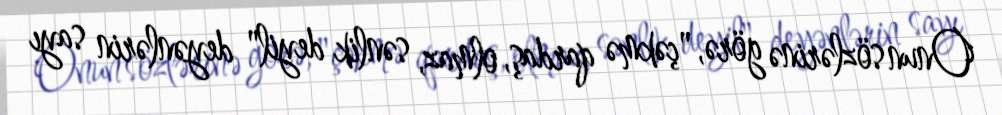
Onun sözlərinə görə, "çəkmə qardaş, olmaz, sənlik deyil" deyənlərin sayı